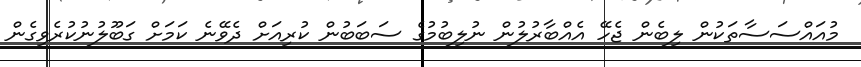
މުއައްސަސާތަކުން ލިބެން ޖެހޭ އެއްބާރުލުން ނުލިބުމުގެ ސަބަބުން ކުރިއަށް ދެވޭނެ ކަމަށް ގަބޫލުނުކުރެވިގެން